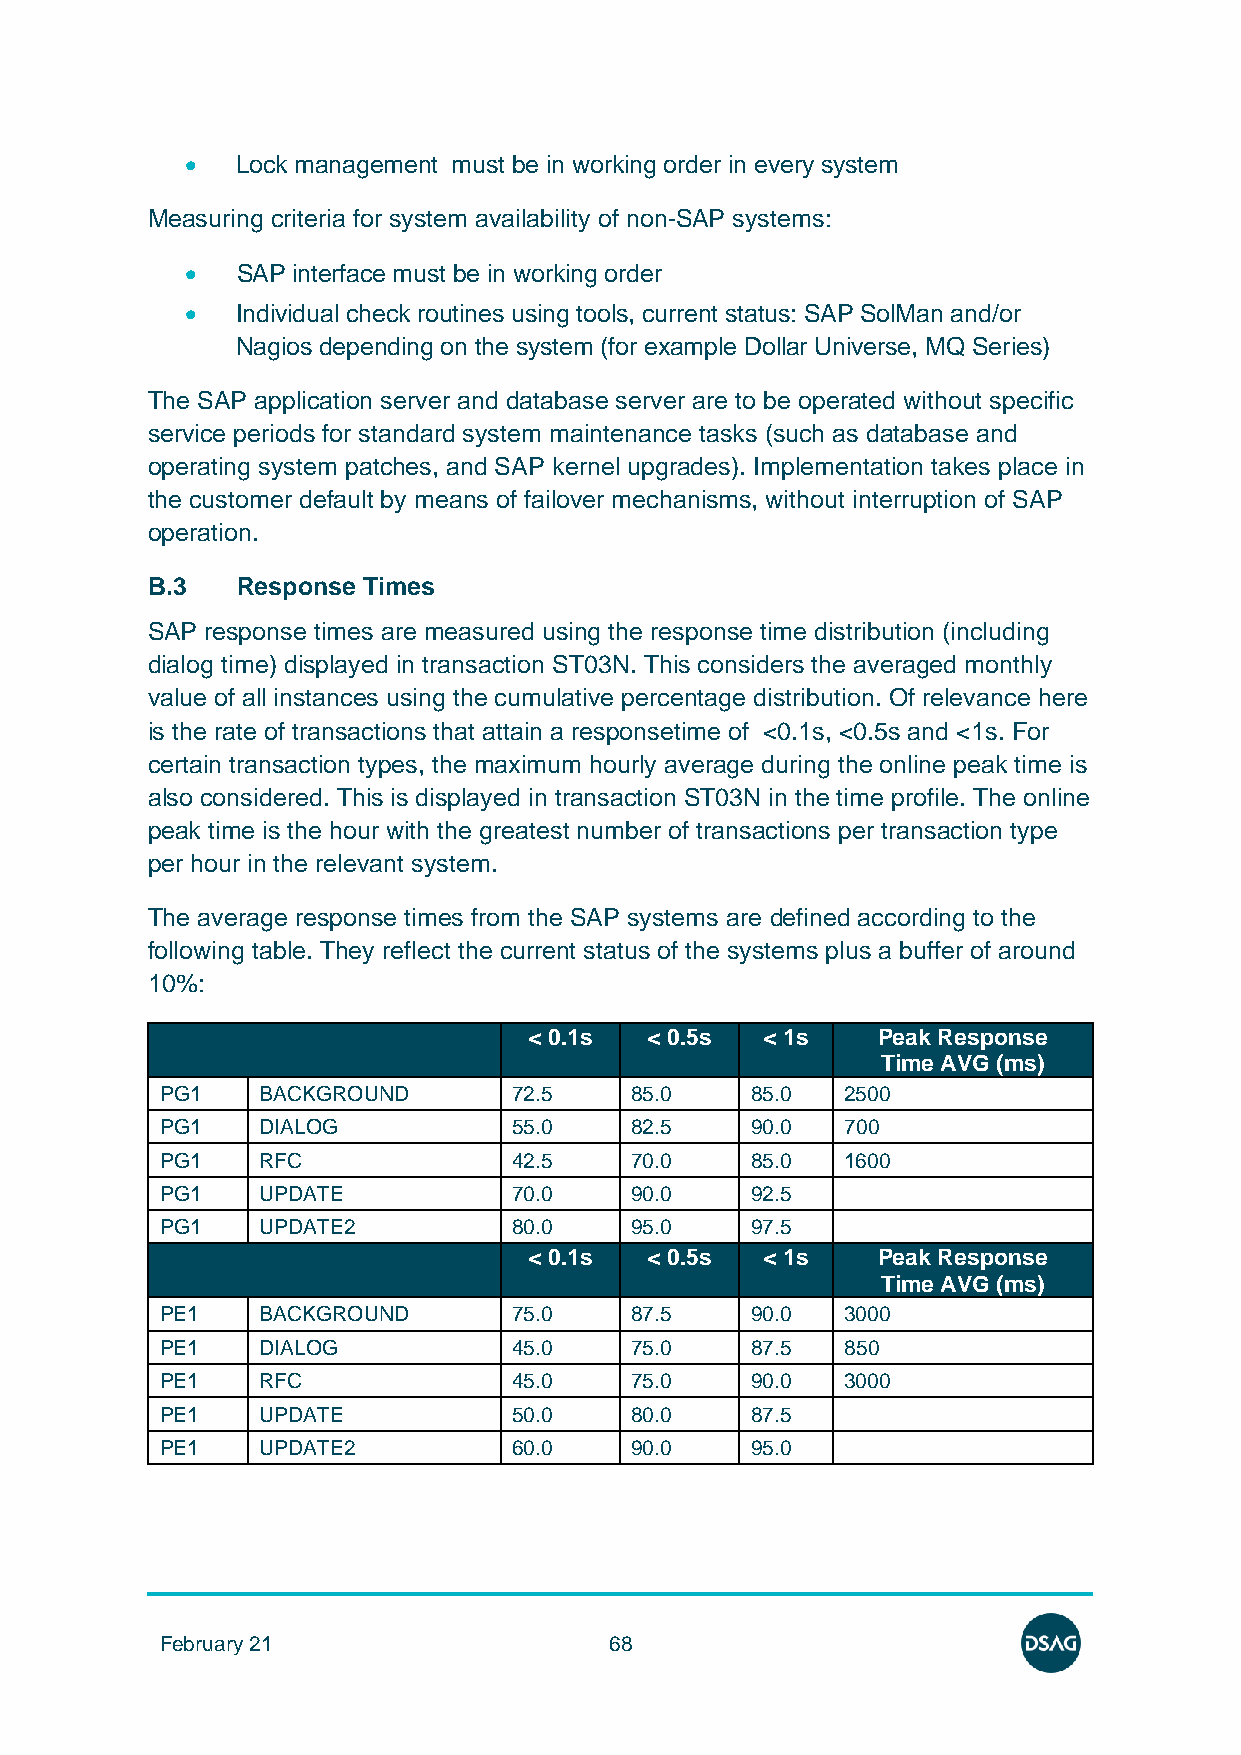
•   Lock management must be in working order in every system
 Measuring criteria for system availability of non-SAP systems:
 •   SAP interface must be in working order
 •   Individual check routines using tools, current status: SAP SolMan and/or
 Nagios depending on the system (for example Dollar Universe, MQ Series)
 The SAP application server and database server are to be operated without specific
 service periods for standard system maintenance tasks (such as database and
 operating system patches, and SAP kernel upgrades). Implementation takes place in
 the customer default by means of failover mechanisms, without interruption of SAP
 operation.
 B.3   Response Times
 SAP response times are measured using the response time distribution (including
 dialog time) displayed in transaction ST03N. This considers the averaged monthly
 value of all instances using the cumulative percentage distribution. Of relevance here
 is the rate of transactions that attain a responsetime of <0.1s, <0.5s and <1s. For
 certain transaction types, the maximum hourly average during the online peak time is
 also considered. This is displayed in transaction ST03N in the time profile. The online
 peak time is the hour with the greatest number of transactions per transaction type
 per hour in the relevant system.
 The average response times from the SAP systems are defined according to the
 following table. They reflect the current status of the systems plus a buffer of around
 10%:
 < 0.1s  < 0.5s  < 1s   Peak Response
 Time AVG (ms)
 PG1   BACKGROUND       72.5    85.0    85.0  2500
 PG1   DIALOG           55.0    82.5    90.0  700
 PG1   RFC              42.5    70.0    85.0  1600
 PG1   UPDATE           70.0    90.0    92.5
 PG1   UPDATE2          80.0    95.0    97.5
 < 0.1s  < 0.5s  < 1s   Peak Response
 Time AVG (ms)
 PE1   BACKGROUND       75.0    87.5    90.0  3000
 PE1   DIALOG           45.0    75.0    87.5  850
 PE1   RFC              45.0    75.0    90.0  3000
 PE1   UPDATE           50.0    80.0    87.5
 PE1   UPDATE2          60.0    90.0    95.0
 February 21                  68